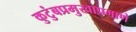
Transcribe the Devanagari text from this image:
कुटुंबप्रमुखाप्रमाणे